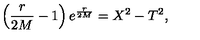
\left( { \frac { r } { 2 M } } - 1 \right) e ^ { { \frac { r } { 2 M } } } = X ^ { 2 } - T ^ { 2 } ,